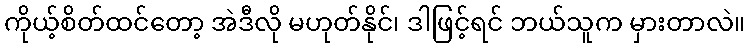
ကိုယ့်စိတ်ထင်တော့ အဲဒီလို မဟုတ်နိုင်၊ ဒါဖြင့်ရင် ဘယ်သူက မှားတာလဲ။